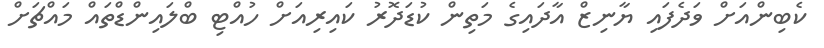
ކެބިންއަށް ވަދެފައި ޔާނިޒް އާދައިގެ މަތިން ކުޑަދޮރު ކައިރިއަށް ހުއްޓި ބްލައިންޑްތައް މައްޗަށް